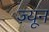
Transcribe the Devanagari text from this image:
ज़्यून